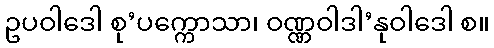
ဥပဝါဒေါ စု’ပက္ကောသာ၊ ဝဏ္ဏဝါဒါ’နုဝါဒေါ စ။